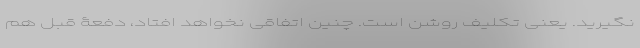
نگیرید. یعنی تکلیف روشن است. چنین اتفاقی نخواهد افتاد، دفعۀ قبل هم